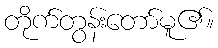
တိုက်တွန်းတော်မူ၏။